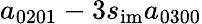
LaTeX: a_{0201}-3s_{\mathrm{im}}a_{0300}